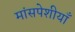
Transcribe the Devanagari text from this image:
मांसपेशीयाँ